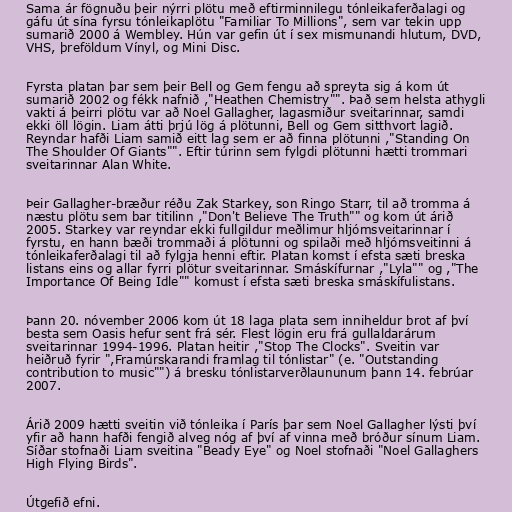
Sama ár fögnuðu þeir nýrri plötu með eftirminnilegu tónleikaferðalagi og
gáfu út sína fyrsu tónleikaplötu "Familiar To Millions", sem var tekin upp
sumarið 2000 á Wembley. Hún var gefin út í sex mismunandi hlutum, DVD,
VHS, þreföldum Vínyl, og Mini Disc.

Fyrsta platan þar sem þeir Bell og Gem fengu að spreyta sig á kom út
sumarið 2002 og fékk nafnið ,"Heathen Chemistry"". Það sem helsta athygli
vakti á þeirri plötu var að Noel Gallagher, lagasmiður sveitarinnar, samdi
ekki öll lögin. Liam átti þrjú lög á plötunni, Bell og Gem sitthvort lagið.
Reyndar hafði Liam samið eitt lag sem er að finna plötunni ,"Standing On
The Shoulder Of Giants"". Eftir túrinn sem fylgdi plötunni hætti trommari
sveitarinnar Alan White.

Þeir Gallagher-bræður réðu Zak Starkey, son Ringo Starr, til að tromma á
næstu plötu sem bar titilinn ,"Don't Believe The Truth"" og kom út árið
2005. Starkey var reyndar ekki fullgildur meðlimur hljómsveitarinnar í
fyrstu, en hann bæði trommaði á plötunni og spilaði með hljómsveitinni á
tónleikaferðalagi til að fylgja henni eftir. Platan komst í efsta sæti breska
listans eins og allar fyrri plötur sveitarinnar. Smáskífurnar ,"Lyla"" og ,"The
Importance Of Being Idle"" komust í efsta sæti breska smáskífulistans.

Þann 20. nóvember 2006 kom út 18 laga plata sem inniheldur brot af því
besta sem Oasis hefur sent frá sér. Flest lögin eru frá gullaldarárum
sveitarinnar 1994-1996. Platan heitir ,"Stop The Clocks". Sveitin var
heiðruð fyrir ",Framúrskarandi framlag til tónlistar" (e. "Outstanding
contribution to music"") á bresku tónlistarverðlaununum þann 14. febrúar
2007.

Árið 2009 hætti sveitin við tónleika í París þar sem Noel Gallagher lýsti því
yfir að hann hafði fengið alveg nóg af því af vinna með bróður sínum Liam.
Síðar stofnaði Liam sveitina "Beady Eye" og Noel stofnaði "Noel Gallaghers
High Flying Birds".

Útgefið efni.